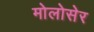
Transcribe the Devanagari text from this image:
मोलोसेर